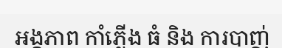
អង្គភាព កាំភ្លើង ធំ និង ការបាញ់